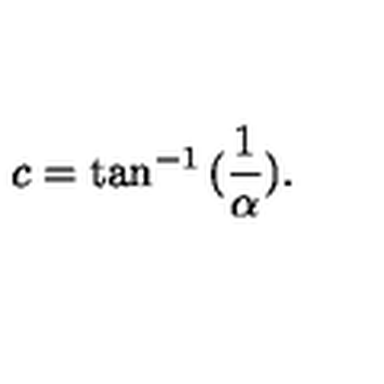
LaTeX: c = \tan ^ { - 1 } { ( \frac { 1 } { \alpha } ) } .